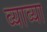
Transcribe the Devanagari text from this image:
व्याव्या